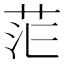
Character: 𮎷